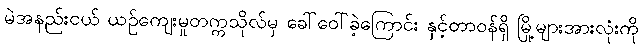
မဲအနည်းငယ် ယဉ်ကျေးမှုတက္ကသိုလ်မှ ခေါ်ဝေါ်ခဲ့ကြောင်း နှင့်တာဝန်ရှိ မြို့များအားလုံးကို